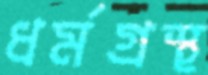
ধর্মগ্রস্থ